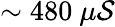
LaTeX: \sim480\ \mu\mathcal{S}